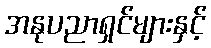
အနုပညာရှင်များနှင့်